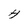
Character: H